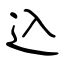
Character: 込